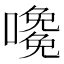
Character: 𡁅